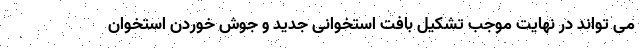
می تواند در نهایت موجب تشکیل بافت استخوانی جدید و جوش خوردن استخوان